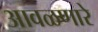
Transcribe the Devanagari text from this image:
आवळणारे